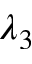
\lambda _ { 3 }